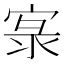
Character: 𱚌